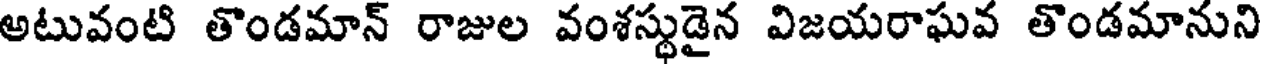
అటువంటి తొండమాన్ రాజుల వంశస్థుడైన విజయరాఘవ తొండమానుని